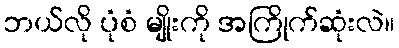
ဘယ်လို ပုံစံ မျိုးကို အကြိုက်ဆုံးလဲ။